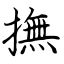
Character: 撫